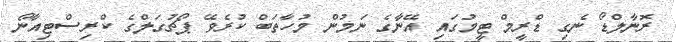
ރޮނާލްޑޯ ނެގި ޑްރީމް ޓީމުގައި އޭނާގެ ނަމުން މުހާތަބް ކުރެވޭ ޕޯޗުގަލްގެ ކްރިސްޓިއާނޯ